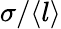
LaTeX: \sigma/\langle l\rangle